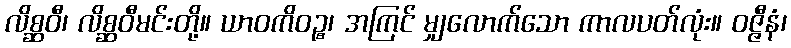
လိစ္ဆဝီ၊ လိစ္ဆဝီမင်းတို့။ ယာဝကိဝဉ္စ၊ အကြင် မျှလောက်သော ကာလပတ်လုံး။ ဝဇ္ဇီနံ၊